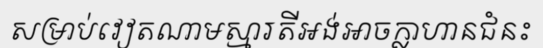
សម្រាប់វៀតណាមស្មារតីអង់អាចក្លាហានជំនះ